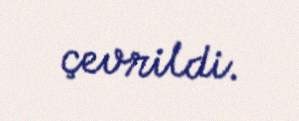
çevrildi.